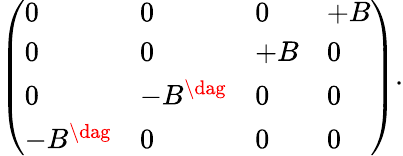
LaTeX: \left(\begin{array}{llll}{{0}}&{{0}}&{{0}}&{{+B}}\\ {{0}}&{{0}}&{{+B}}&{{0}}\\ {{0}}&{{-B^{\dag}}}&{{0}}&{{0}}\\ {{-B^{\dag}}}&{{0}}&{{0}}&{{0}}\end{array}\right).